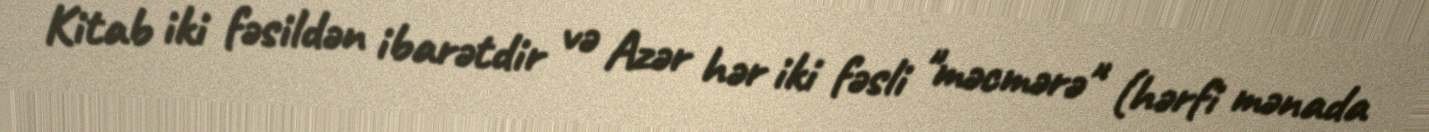
Kitab iki fəsildən ibarətdir və Azər hər iki fəsli "məcmərə" (hərfi mənada